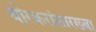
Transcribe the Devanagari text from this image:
बोरकरांसारख्या